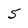
Character: 5